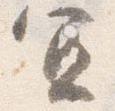
宜